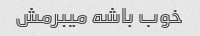
خوب باشه میبرمش